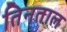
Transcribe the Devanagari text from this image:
तिनताल